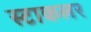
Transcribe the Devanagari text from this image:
स्टाकलर